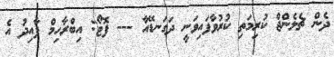
ދެން ޗެލެންޖް ކުރިމަތި ކުރުވާފައިވަނީ ދަގަނޑޭއާ --- ފޮޓޯ: އިބްރާހިމް ފާއިދު އެ